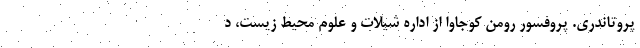
پروتاندری. پروفسور رومن کوجاوا از اداره شیلات و علوم محیط زیست، د